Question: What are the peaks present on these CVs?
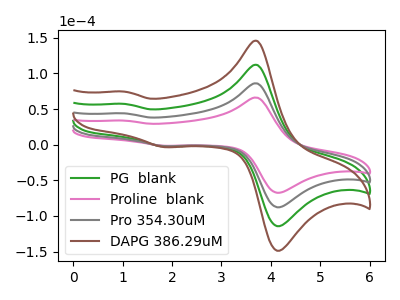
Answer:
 <answer>The green curve "PG  blank" has anodic peaks at (3.70V, 171.75uA) (1.05V, 87.75uA) and cathodic peaks at (4.25V, -173.55uA) (1.85V, -4.20uA). The pink curve "Proline  blank" has anodic peaks at (3.70V, 66.00uA) (1.05V, 33.70uA) and cathodic peaks at (4.25V, -66.65uA) (1.85V, -1.60uA). The gray curve "Pro 354.30uM" has anodic peaks at (3.70V, 85.90uA) (1.05V, 43.85uA) and cathodic peaks at (4.25V, -86.75uA) (1.85V, -2.10uA). The brown curve "DAPG 386.29uM" has anodic peaks at (3.70V, 257.65uA) (1.05V, 131.60uA) and cathodic peaks at (4.25V, -260.30uA) (1.85V, -6.25uA).</answer>
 <eval></eval>